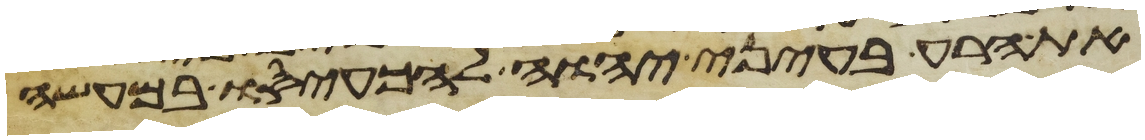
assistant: את הרע בעיני יהוה להכעיסו במעשה